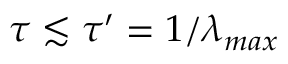
\tau \lesssim \tau ^ { \prime } = 1 / \lambda _ { m a x }